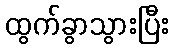
ထွက်ခွာသွားပြီး